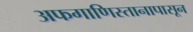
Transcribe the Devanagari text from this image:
अफगाणिस्तानापासून